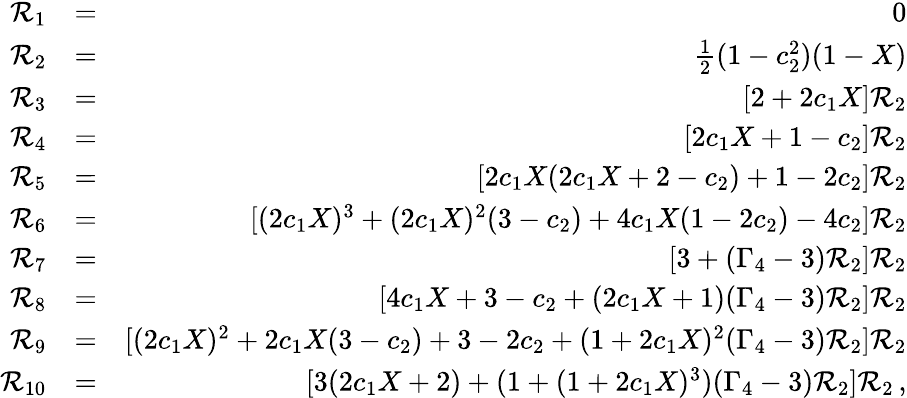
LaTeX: \begin{array}{rlr}{{\cal R}_{1}}&{=}&{0}\\ {{\cal R}_{2}}&{=}&{\frac{1}{2}(1-c_{2}^{2})(1-X)}\\ {{\cal R}_{3}}&{=}&{[2+2c_{1}X]{\cal R}_{2}}\\ {{\cal R}_{4}}&{=}&{[2c_{1}X+1-c_{2}]{\cal R}_{2}}\\ {{\cal R}_{5}}&{=}&{[2c_{1}X(2c_{1}X+2-c_{2})+1-2c_{2}]{\cal R}_{2}}\\ {{\cal R}_{6}}&{=}&{[(2c_{1}X)^{3}+(2c_{1}X)^{2}(3-c_{2})+4c_{1}X(1-2c_{2})-4c_{2}]{\cal R}_{2}}\\ {{\cal R}_{7}}&{=}&{[3+(\Gamma_{4}-3){\cal R}_{2}]{\cal R}_{2}}\\ {{\cal R}_{8}}&{=}&{[4c_{1}X+3-c_{2}+(2c_{1}X+1)(\Gamma_{4}-3){\cal R}_{2}]{\cal R}_{2}}\\ {{\cal R}_{9}}&{=}&{[(2c_{1}X)^{2}+2c_{1}X(3-c_{2})+3-2c_{2}+(1+2c_{1}X)^{2}(\Gamma_{4}-3){\cal R}_{2}]{\cal R}_{2}}\\ {{\cal R}_{10}}&{=}&{[3(2c_{1}X+2)+(1+(1+2c_{1}X)^{3})(\Gamma_{4}-3){\cal R}_{2}]{\cal R}_{2}\, ,}\end{array}